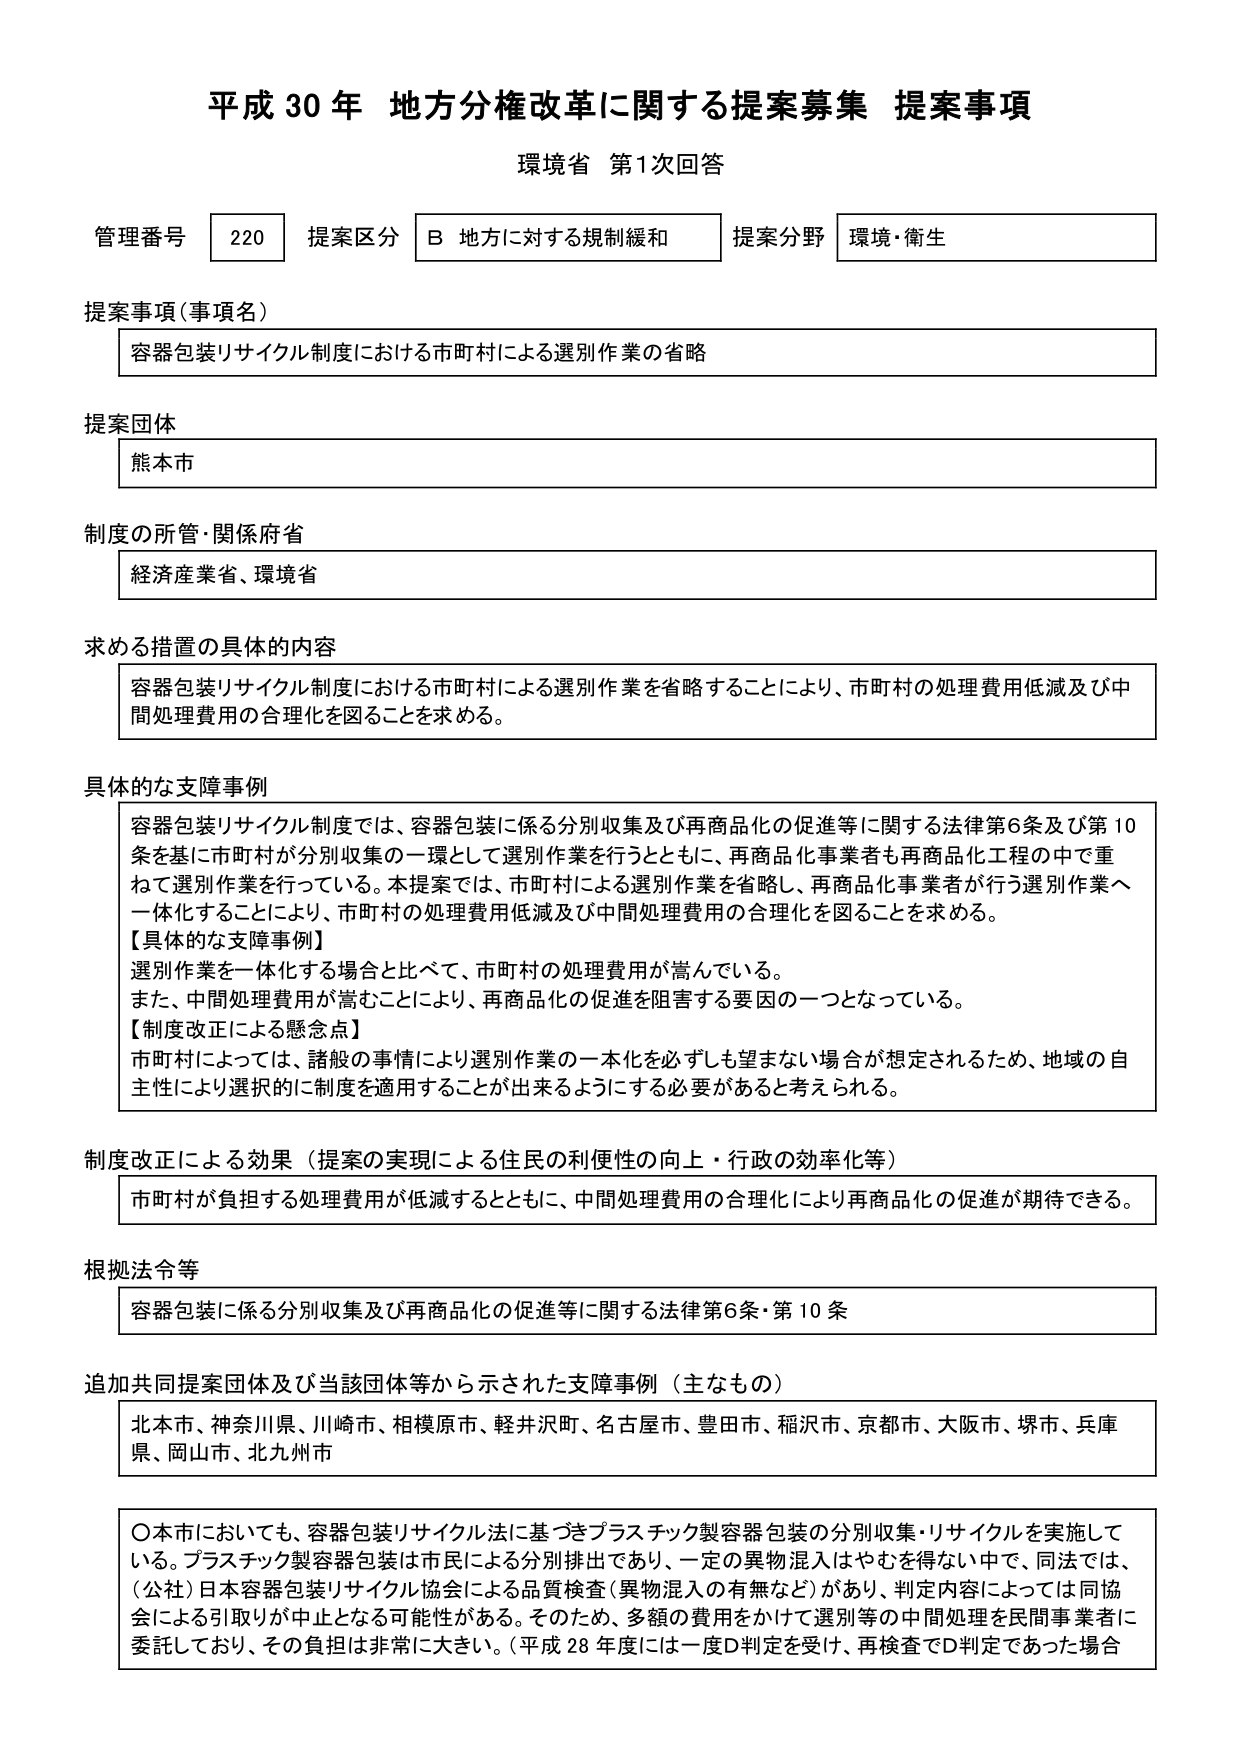
平成30年 地方分権改革に関する提案募集 提案事項
環境省 第1次回答

管理番号 220 提案区分 B 地方に対する規制緩和 提案分野 環境・衛生

提案事項（事項名）
容器包装リサイクル制度における市町村による選別作業の省略

提案団体
熊本市

制度の所管・関係府省
経済産業省、環境省

求める措置の具体的内容
容器包装リサイクル制度における市町村による選別作業を省略することにより、市町村の処理費用低減及び中間処理費用の合理化を図ることを求める。

具体的な支障事例
容器包装リサイクル制度では、容器包装に係る分別収集及び再商品化の促進等に関する法律第6条及び第10条を基に市町村が分別収集の一環として選別作業を行うとともに、再商品化事業者も再商品化工程の中で重ねて選別作業を行っている。本提案では、市町村による選別作業を省略し、再商品化事業者が行う選別作業へ一体化することにより、市町村の処理費用低減及び中間処理費用の合理化を図ることを求める。
【具体的な支障事例】
選別作業を一体化する場合と比べて、市町村の処理費用が嵩んでいる。
また、中間処理費用が嵩むことにより、再商品化の促進を阻害する要因の一つとなっている。
【制度改正による懸念点】
市町村によっては、諸般の事情により選別作業の一本化を必ずしも望まない場合が想定されるため、地域の自主性により選択的に制度を適用することが出来るようにする必要があると考えられる。

制度改正による効果（提案の実現による住民の利便性の向上・行政の効率化等）
市町村が負担する処理費用が低減するとともに、中間処理費用の合理化により再商品化の促進が期待できる。

根拠法令等
容器包装に係る分別収集及び再商品化の促進等に関する法律第6条・第10条

追加共同提案団体及び当該団体等から示された支障事例（主なもの）
北本市、神奈川県、川崎市、相模原市、軽井沢町、名古屋市、豊田市、稲沢市、京都市、大阪市、堺市、兵庫県、岡山市、北九州市

〇本市においても、容器包装リサイクル法に基づきプラスチック製容器包装の分別収集・リサイクルを実施している。プラスチック製容器包装は市民による分別排出であり、一定の異物混入はやむを得ない中で、同法では、（公社）日本容器包装リサイクル協会による品質検査（異物混入の有無など）があり、判定内容によっては同協会による引取りが中止となる可能性がある。そのため、多額の費用をかけて選別等の中間処理を民間事業者に委託しており、その負担は非常に大きい。（平成28年度には一度D判定を受け、再検査でD判定であった場合